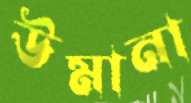
উমানা